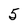
Character: 5